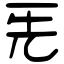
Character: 𠀡